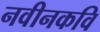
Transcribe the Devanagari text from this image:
नवीनकवि